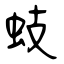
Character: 蚑